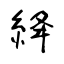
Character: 絳